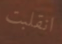
انقلبت